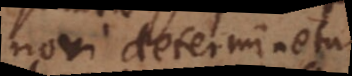
novi determinetur,